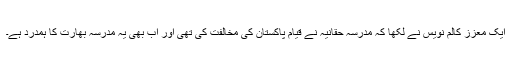
ایک معزز کالم نویس نے لکھا کہ مدرسہ حقانیہ نے قیام پاکستان کی مخالفت کی تھی اور اب بھی یہ مدرسہ بھارت کا ہمدرد ہے۔